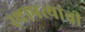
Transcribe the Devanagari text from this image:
स्थापत्यांची